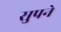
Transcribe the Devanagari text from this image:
सुपने